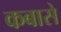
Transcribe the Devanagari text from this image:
कबासे